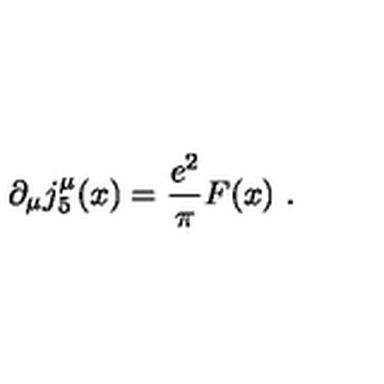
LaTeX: \partial _ { \mu } j _ { 5 } ^ { \mu } ( x ) = \frac { e ^ { 2 } } { \pi } F ( x ) \ .